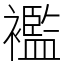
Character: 襤